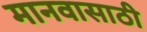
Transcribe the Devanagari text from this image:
मानवासाठी